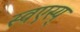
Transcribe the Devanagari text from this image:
स्वएस्य्